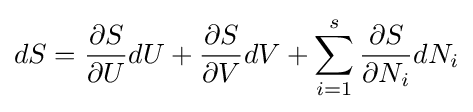
dS={\frac {\partial S}{\partial U}}dU+{\frac {\partial S}{\partial V}}dV+\sum _{i=1}^{s}{\frac {\partial S}{\partial N_{i}}}dN_{i}